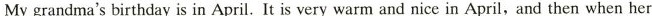
My grandma's birthday is in April. It is very warm and nice in April,and then when her